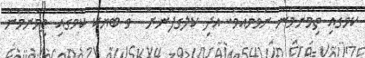
ކަމުގައި ތިމަންމެން ނުވަމުއެވެ. އަދި ކަލޭގެފާނަށް  ވާ ބަޔަކު ކަމުގައި ތިމަންމެން